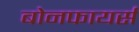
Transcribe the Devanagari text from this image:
बोनफायर्स